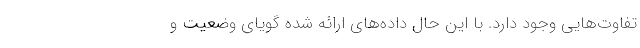
تفاوت‌هایی وجود دارد. با این حال داده‌های ارائه شده گویای وضعیت و